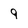
Character: 9